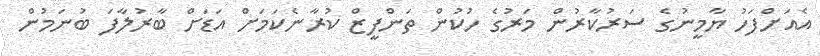
އެއަށްފަހު ޔާމީނުގެ ސަރުކާރުން މަރުގެ ހުކުން ތަންފީޒް ކުރާނެކަމަށް އަޑަށް ބާރުލާފަ ބުނަމުން